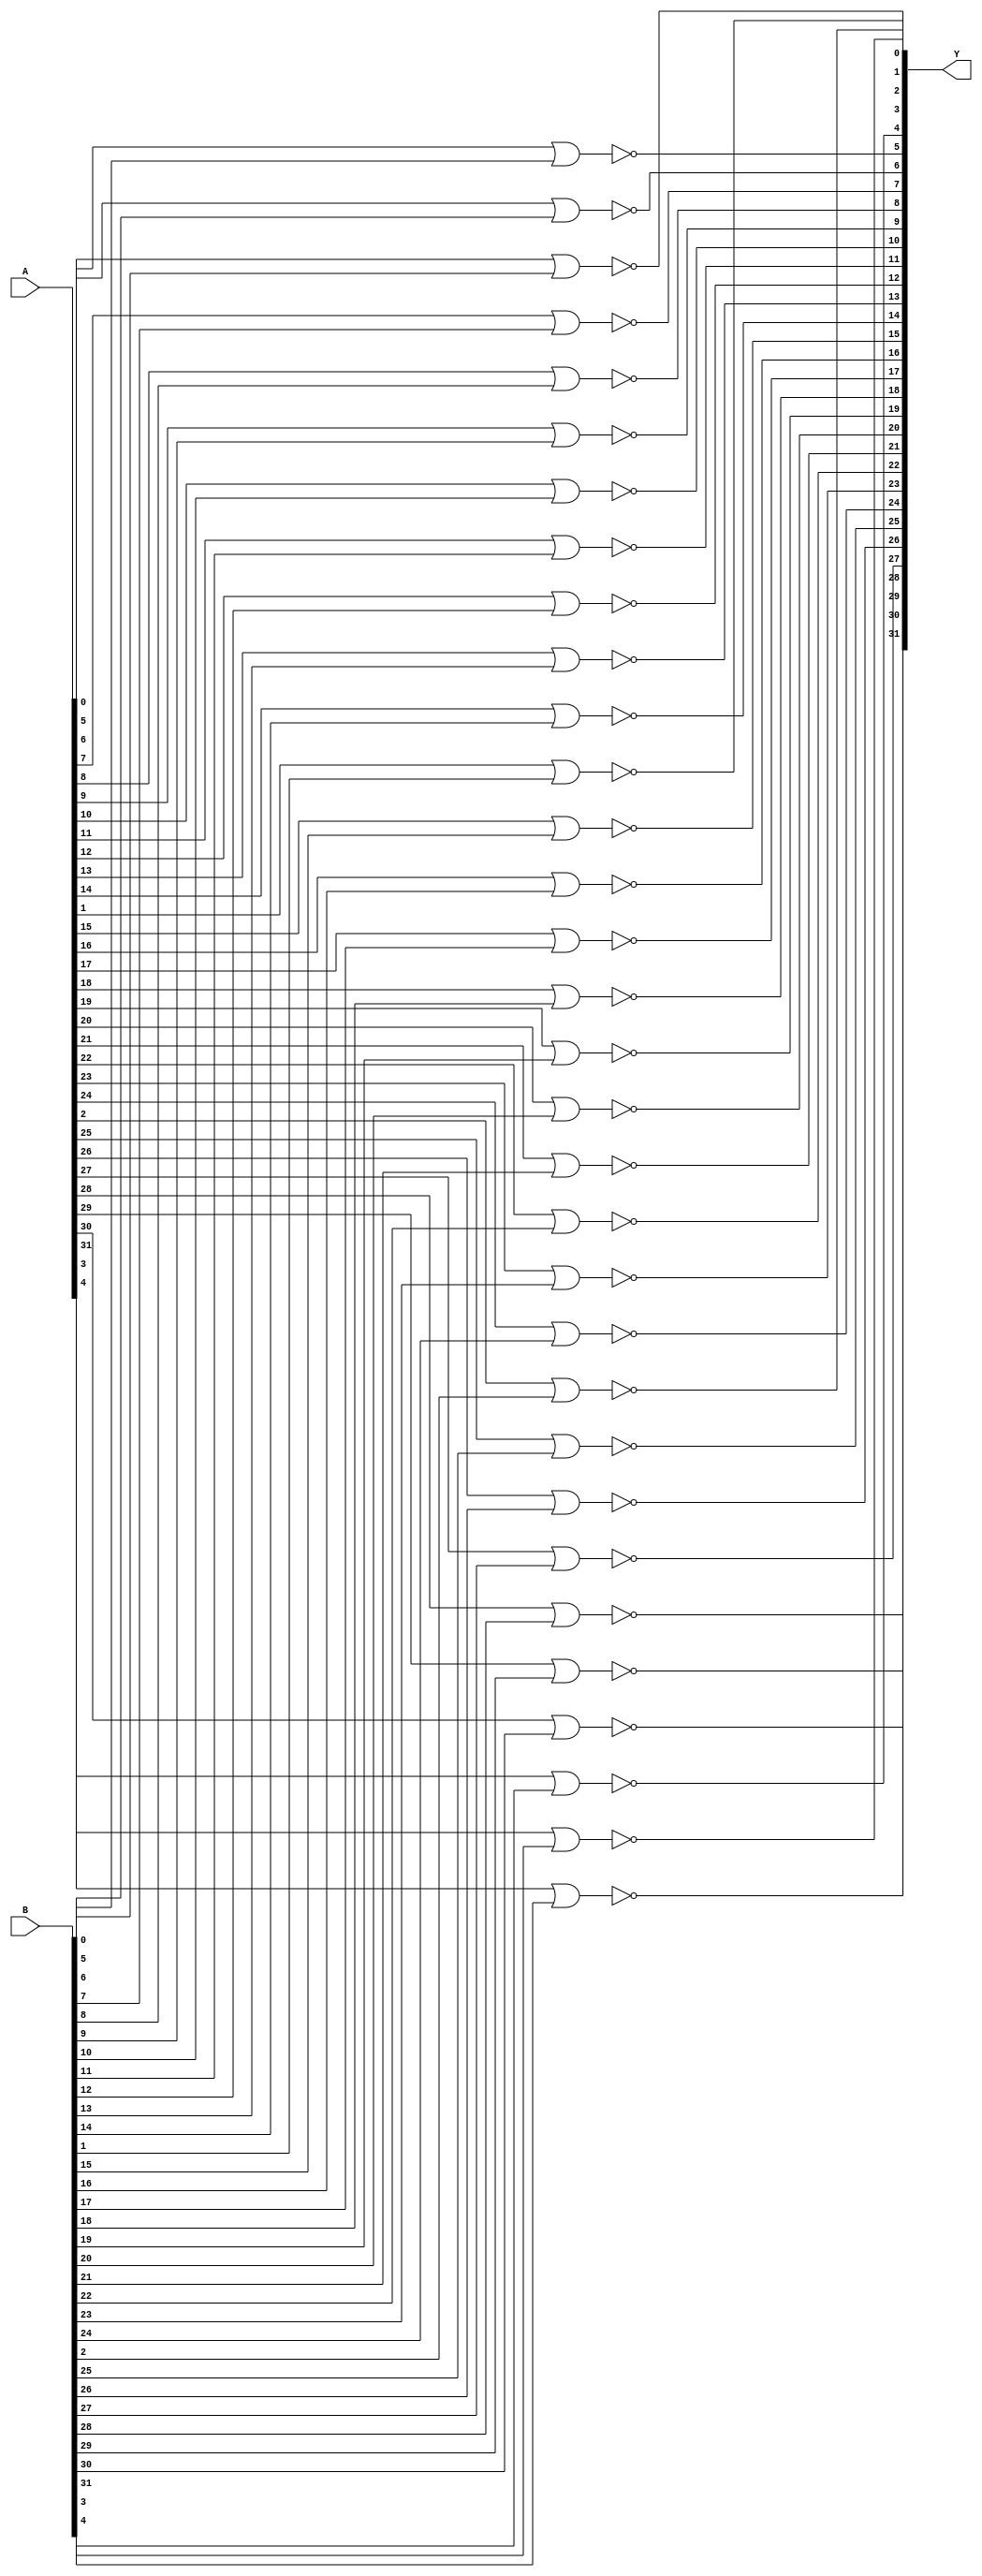
 // Name: logic_32_bit.v
// Module: 
// Input: 
// Output: 
//
// Notes: Common definitions
// 
//
// Revision History:
//
// Version	Date		Who		email			note
//------------------------------------------------------------------------------------------
//  1.0     Sep 02, 2014	Kaushik Patra	kpatra@sjsu.edu		Initial creation
//------------------------------------------------------------------------------------------
//

// 32-bit NOR
module NOR32_2x1(Y,A,B);
//output 
output [31:0] Y;
//input
input [31:0] A;
input [31:0] B;

genvar i;
generate
for(i=0;i<32;i=i+1)
begin : nor32_gen_loop
	nor nor32_inst(Y[i],A[i],B[i]);
end

endgenerate

endmodule

// 32-bit AND
module AND32_2x1(Y,A,B);
//output 
output [31:0] Y;
//input
input [31:0] A;
input [31:0] B;

genvar i;
generate
for(i=0;i<32;i=i+1)
begin : and32_gen_loop
	and and32_inst(Y[i],A[i],B[i]);
end

endgenerate

endmodule

// 32-bit inverter
module INV32_1x1(Y,A);
//output 
output [31:0] Y;
//input
input [31:0] A;

genvar i;
generate
for(i=0;i<32;i=i+1)
begin : not32_gen_loop
	not and32_inst(Y[i],A[i]);
end

endgenerate

endmodule

// 32-bit OR
module OR32_2x1(Y,A,B);
//output 
output [31:0] Y;
//input
input [31:0] A;
input [31:0] B;

genvar i;
generate
for(i=0;i<32;i=i+1)
begin : or32_gen_loop
	or or32_inst(Y[i],A[i],B[i]);
end

endgenerate

endmodule
// 32-bit buffer
module BUF32_1x1(Y,A);
//output 
output [31:0] Y;
//input
input [31:0] A;


genvar i;
generate
for(i=0;i<32;i=i+1)
begin : buf32_gen_loop
	buf buf32_inst(Y[i],A[i]);
end

endgenerate

endmodule